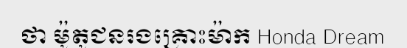
ថា ម៉ូតូជនរងគ្រោះម៉ាក Honda Dream